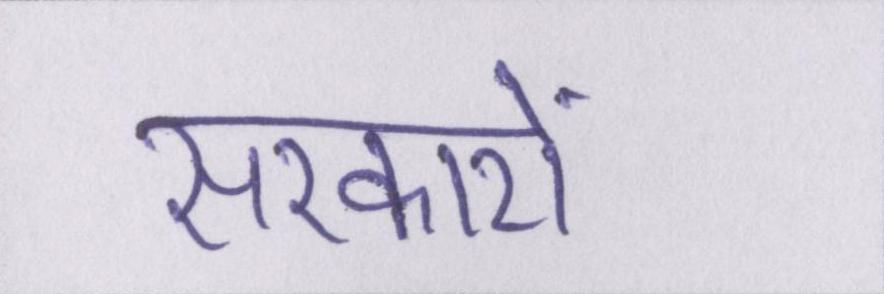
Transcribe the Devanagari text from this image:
सरकारों